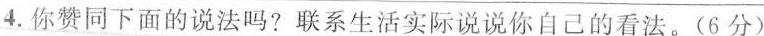
4.你赞同下面的说法吗?联系生活实际说说你自己的看法。(6分)